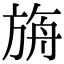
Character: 𣃼